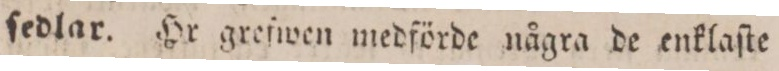
ſedlar. Hr greſwen medförde några de enklaſte